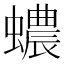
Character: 𧓅